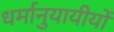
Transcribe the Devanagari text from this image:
धर्मानुयायीयों